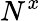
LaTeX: N^{x}